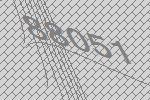
88051